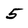
Character: 5